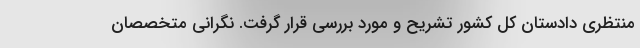
منتظری دادستان کل کشور تشریح و مورد بررسی قرار گرفت. نگرانی متخصصان